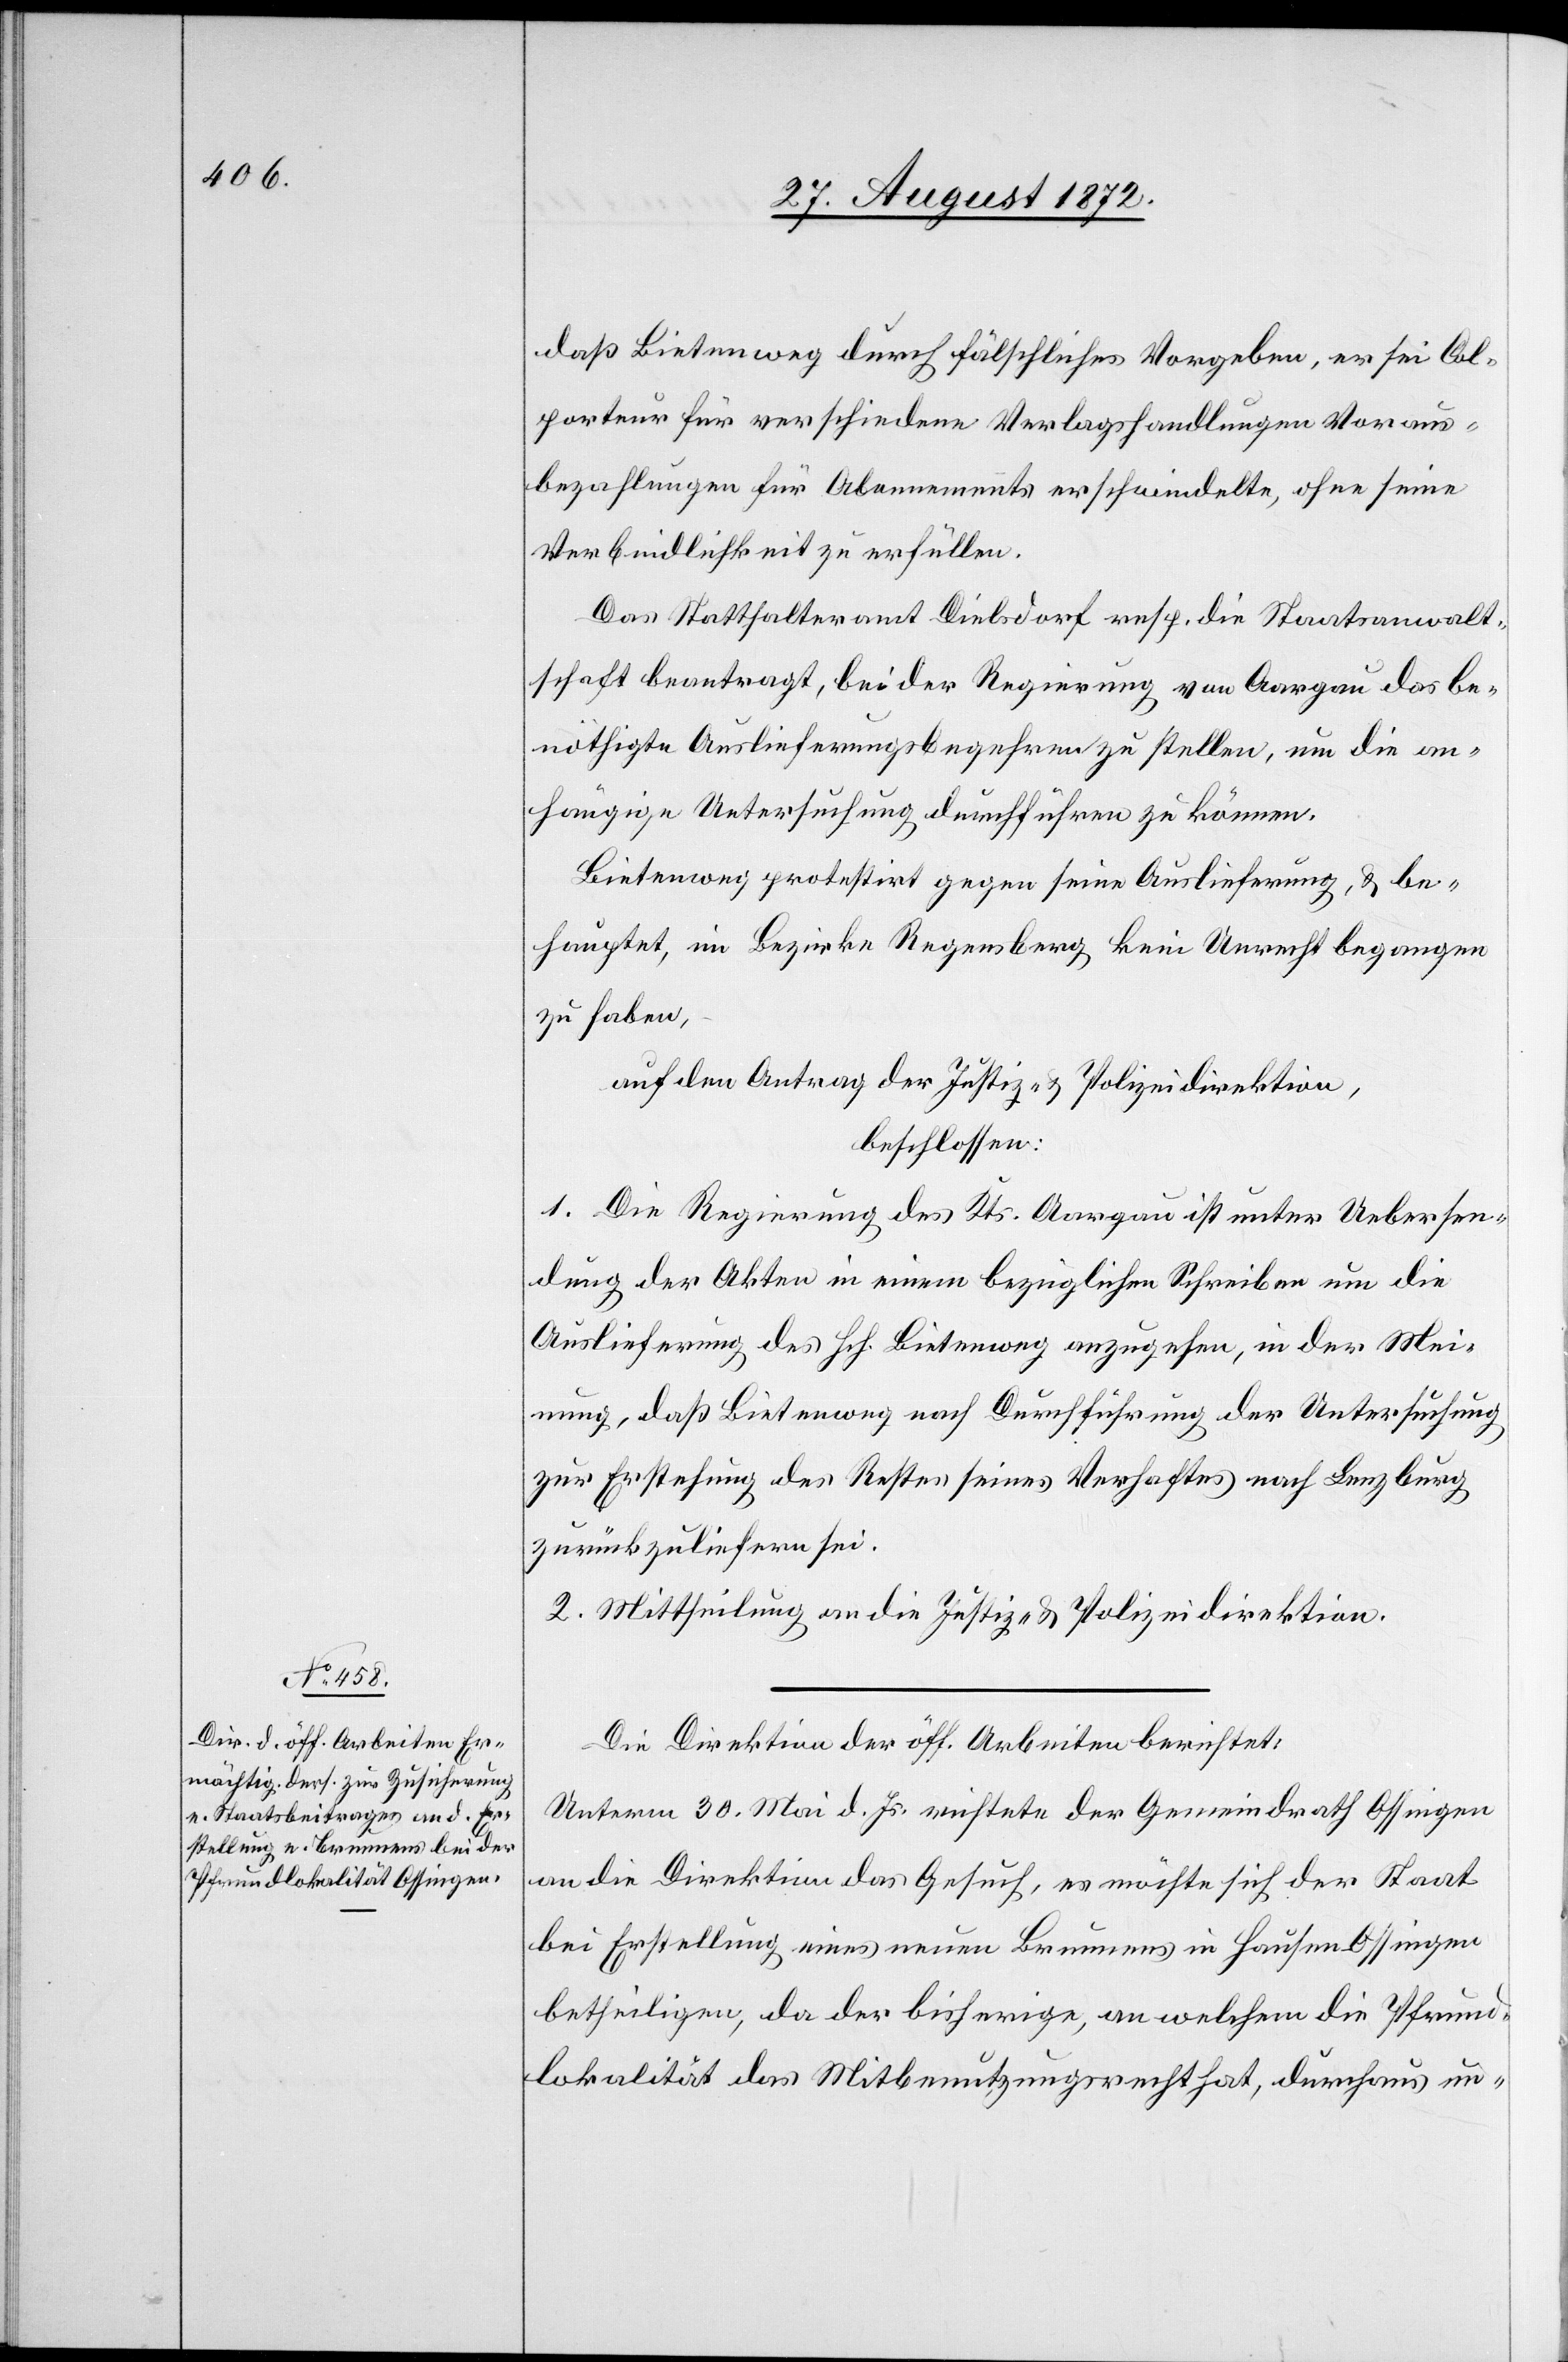
daß Bietenweg durch fälschliches Vorgeben, er sei Col¬
porteur für verschiedene Verlagshandlungen Voraus¬
bezahlungen für Abonnements erschwindelte, ohne seine
Verbindlichkeit zu erfüllen.
Das Statthalteramt Dielsdorf resp. die Staatsanwalt¬
schaft beantragt, bei der Regierung von Aargau das be¬
nöthigte Auslieferungsbegehren zu stellen, um die an¬
hängige Untersuchung durchführen zu können.
Bietenweg protestirt gegen seine Auslieferung, u. be¬
hauptet, im Bezirke Regensberg kein Unrecht begangen
zu haben,
auf den Antrag der Justiz- u. Polizeidirektion,
beschlossen:
1. Die Regierung des Kts. Aargau ist unter Uebersen¬
dung der Akten in einem bezüglichen Schreiben um die
Auslieferung des Hch. Bietenweg anzugehen, in der Mei¬
nung, daß Bietenweg nach Durchführung der Untersuchung
zur Erstehung des Restes seines Verhaftes nach Lenzburg
zurückzuliefern sei.
2. Mittheilung an die Justiz- u. Polizeidirektion.
Die Direktion der öff. Arbeiten berichtet:
Unterm 30. Mai d. Js. richtete der Gemeindrath Ossingen
an die Direktion das Gesuch, es möchte sich der Staat
bei Erstellung eines neuen Brunnens in Hausen Ossingen
betheiligen, da der bisherige, an welchem die Pfrund¬
lokalität das Mitbenutzungsrecht hat, durchaus un-